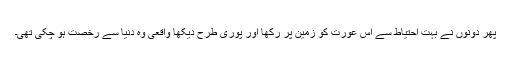
پھر دونوں نے بہت احتیاط سے اس عورت کو زمین پر رکھا اور پوری طرح دیکھا واقعی وہ دنیا سے رخصت ہو چکی تھی۔